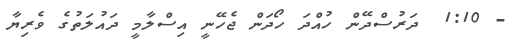
- 1:10  ދަރުސްދޭން ހުއްދަ ހޯދަން ޖެހޭނީ އިސްލާމީ ދައުލަތުގެ ވެރިޔާ